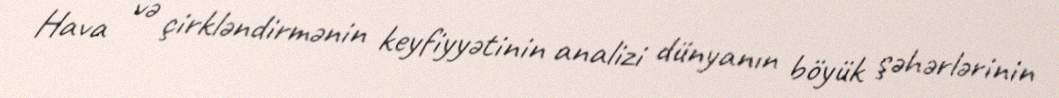
Hava və çirkləndirmənin keyfiyyətinin analizi dünyanın böyük şəhərlərinin